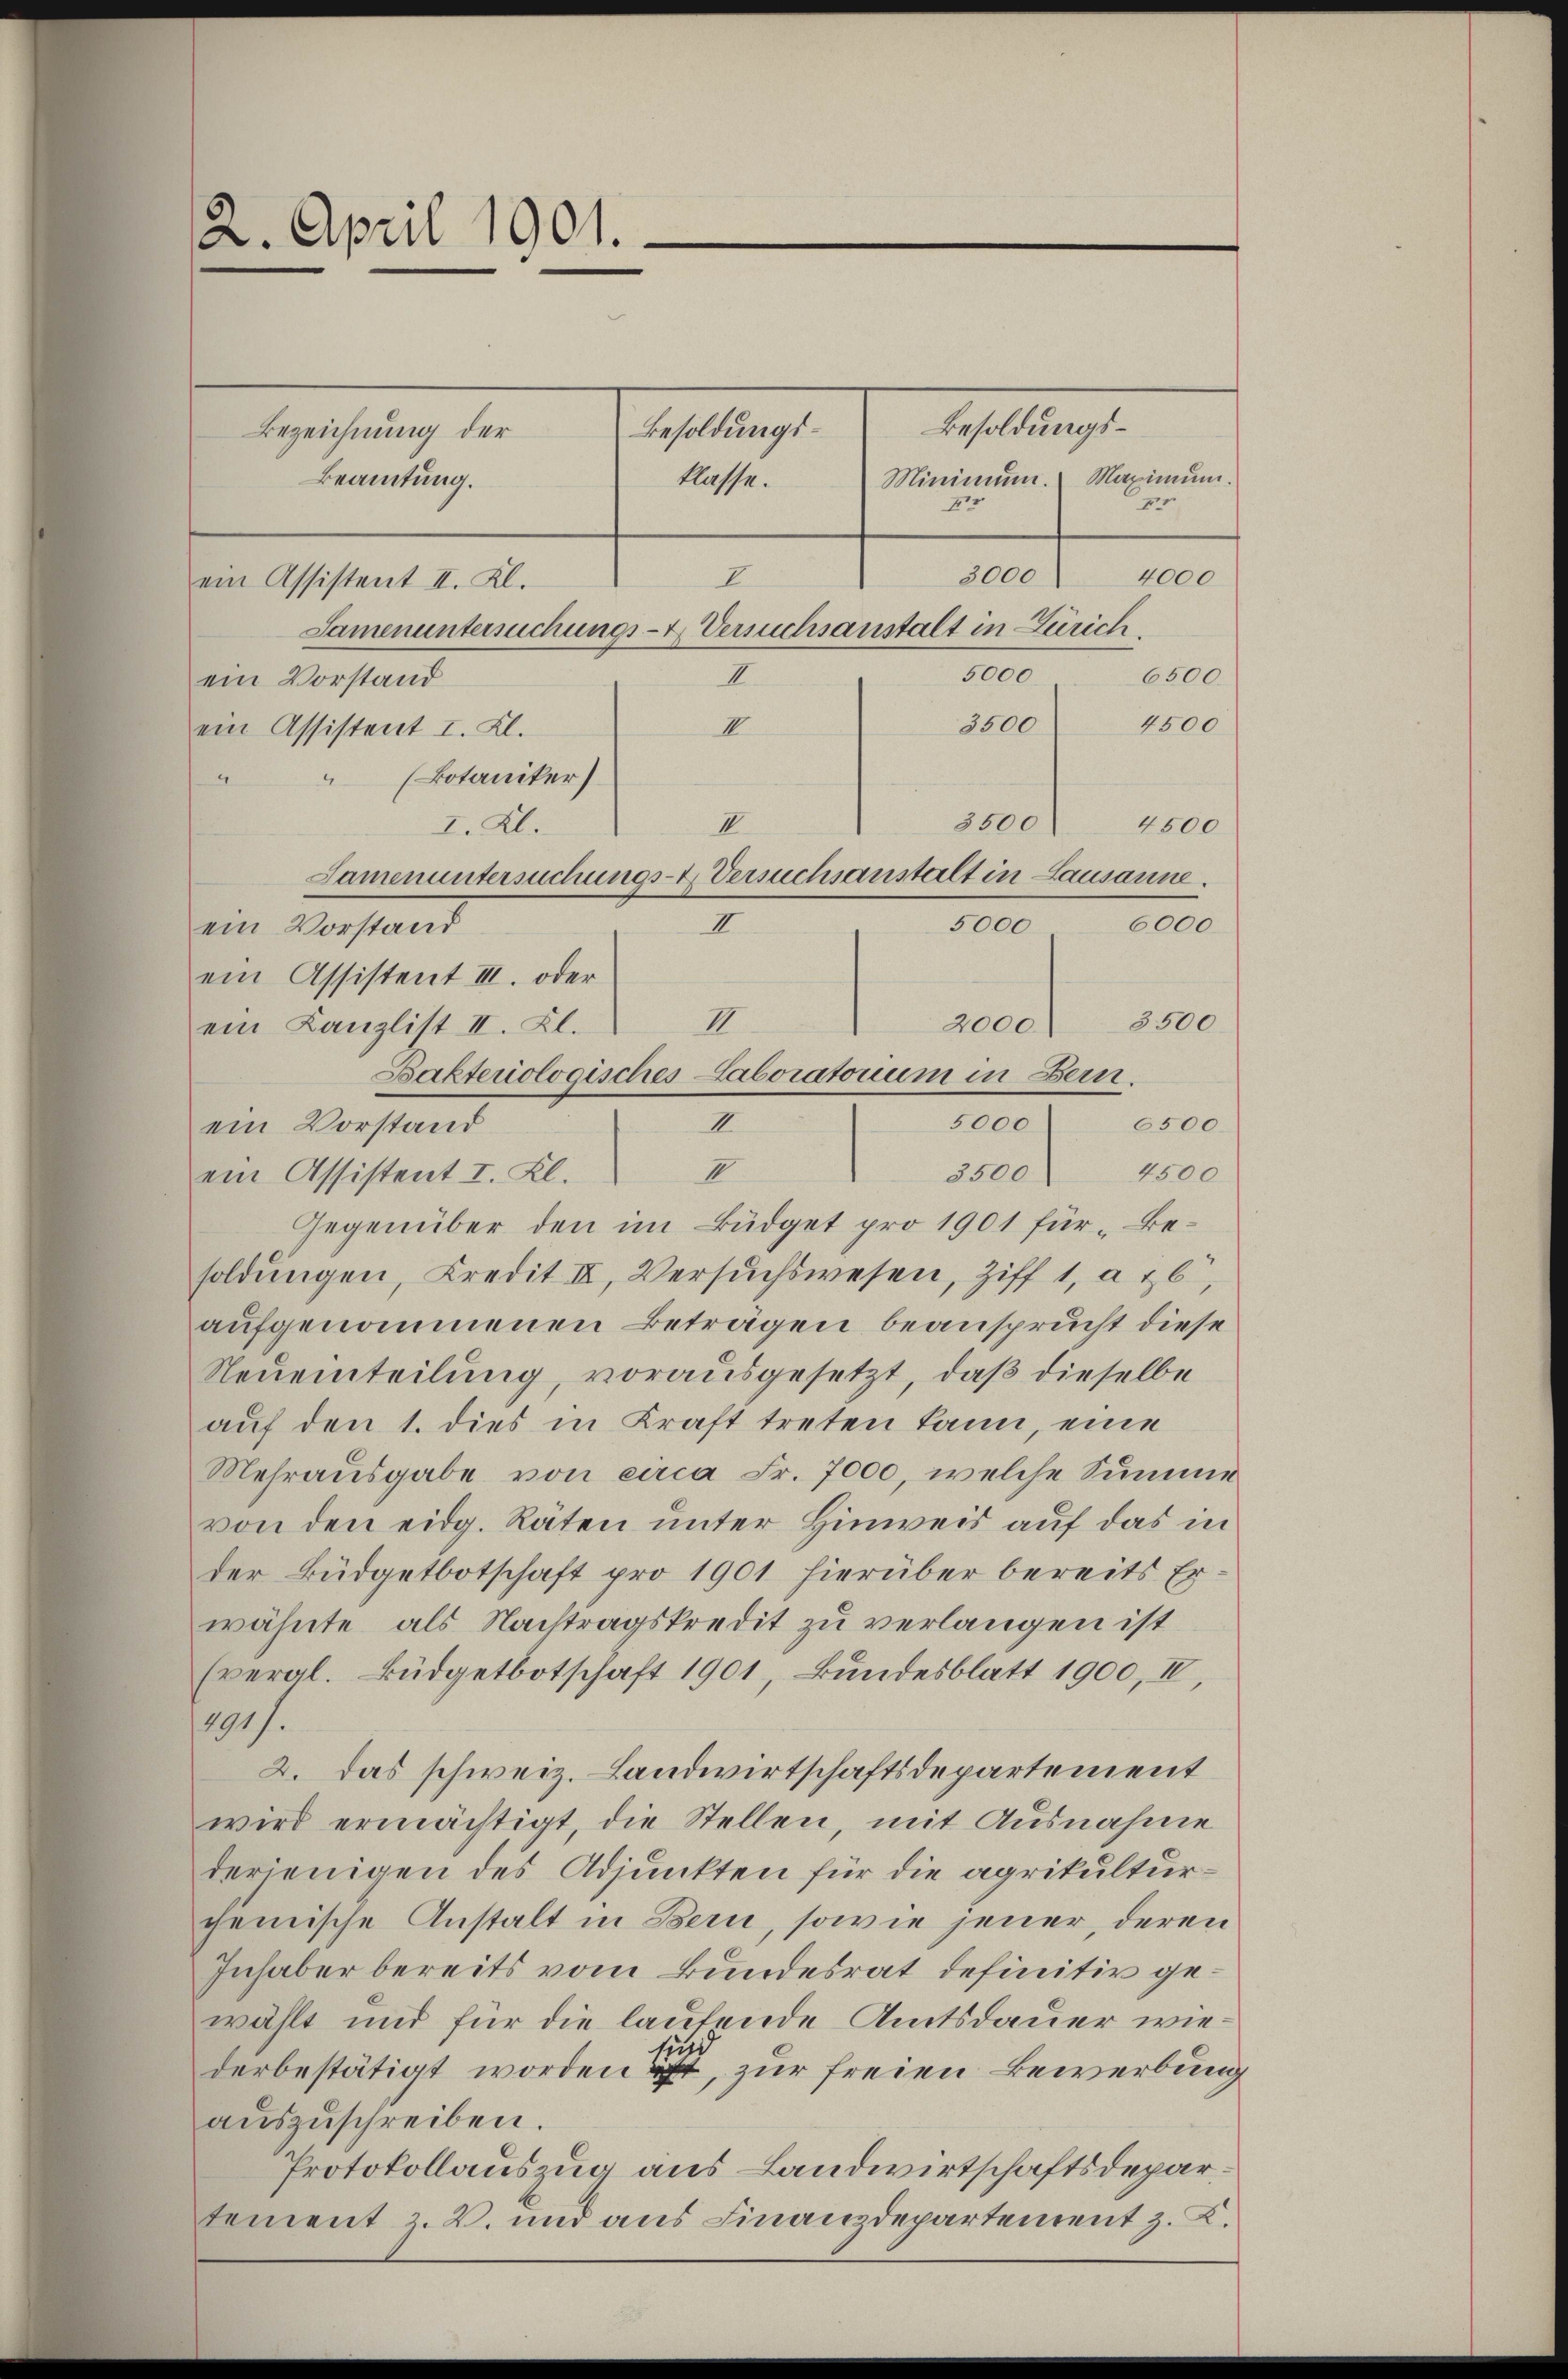
2. April 1901.

Besoldungs¬
Besoldungs¬
Bezeichnung der
Minimum. Maximum.
Beamtung.
klasse.
pr
x
3000
4000
I
Samenuntersuchungs- & Versuchsanstalt in Zürich
5000.
6500
II.
ein Vorstand
4500
3500
ein Assistent I. Kl.
III
 (Botaniker)
3500. 4500
I. Kl.
II.
Samenuntersuchungs-T. Versuchsanstalt in Lausanne.
5,000 6000.
ein Vorstand
II.

ein Assistent II. Kl.

6500.
1500
Gegenüber den im Büdget pro 1901 für Besoldŭngen, Kredit III, Versŭchswesen, Ziff 1, a 26,
aufgenommenen Beträgen beansprucht diese
Neueinteilung, vorausgesetzt, daß dieselbe
auf den 1. dies in Kraft treten kann, eine
Mehrausgabe von circa Fr. 7000, welche Summe
von den eidg. Räten unter Hinweis auf das in
der Büdgetbotschaft pro 1901 hierüber bereits Erwähnte, als Nachtragskredit zu verlangen ist
Evergl. Büdgetbotschaft 1901, Bundesblatt 1900, IV,
291 f.
2. Das schweiz. Landwirtschaftsdepartement
wird ermächtigt, die Stellen, mit Ausnahme
derjenigen des Adjunkten für die agrikulturchemische Anstalt in Bern, sowie jener, deren
Inhaber bereits vom Bundesrat definitiv gewählt und für die lautende Amtsdauer wiederbestätigt worden ist, zur freien Bewerbung
auszuschreiben.
Protokollauszug aus Landwirtschaftsdepartement z. B. und aus Finanzdepartement z. K.

ein Assistent III. oder
II
2000 3500.
ein Kanzlist II. Kl.
Bakteriologisches Laboratorium in Bern.
5000
ein Vorstand
I
II.
ein Assistent I. Kl.
3500